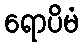
ရောပိမံ